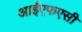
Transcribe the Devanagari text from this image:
आईएफएसी